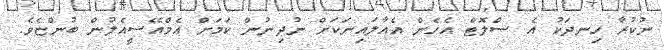
ނުކުރާ ހިނދަކު އެ ސްލޮޓް އެހެން އެއާލައިނަކަށް ނުދިނުން ކަމަށް އެމްއޭސީއެލުން ބުންޏެވެ.